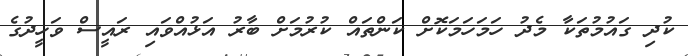
ކުދި ގައުމުތަކާ މެދު ހަމަހަމަކޮށް ކަންތައް ކުރުމަށް ބާރު އަޅުއްވައި ރައީސް ވަހީދުގެ